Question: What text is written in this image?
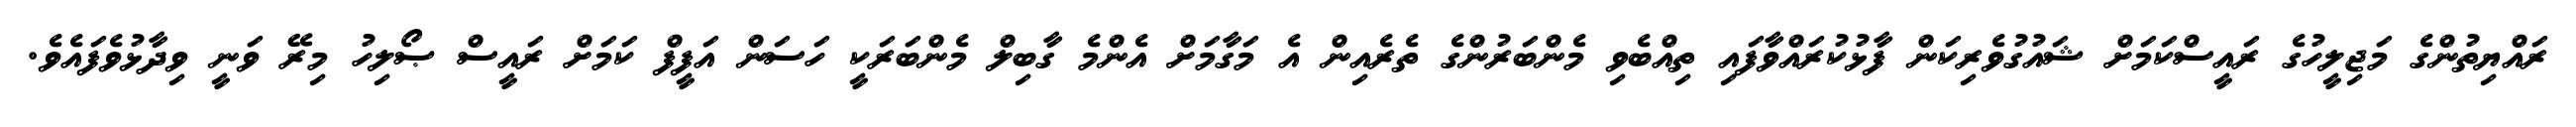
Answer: ރައްޔިތުންގެ މަޖިލީހުގެ ރައީސްކަމަށް ޝައުގުވެރިކަން ފާޅުކުރައްވާފައި ތިއްބެވި މެންބަރުންގެ ތެރެއިން އެ މަގާމަށް އެންމެ ގާބިލް މެންބަރަކީ ހަސަން އަފީފް ކަމަށް ރައީސް ޞޯލިހު މިރޭ ވަނީ ވިދާޅުވެފައެވެ.